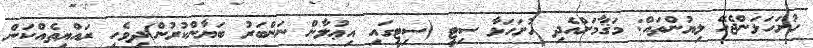
ހުށަހަޅަންޖެހޭ ލިޔުންތައް: މަޤާމަށްއެދި ހުށަހަޅާ ސިޓީ (ސިޓީގައި އިޢުލާން ނަންބަރު ބަޔާންކުރުން)ދިވެހި ރައްޔިތެއްކަން